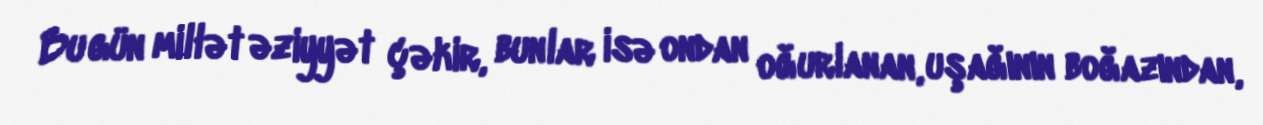
Bu gün millət əziyyət çəkir, bunlar isə ondan oğurlanan, uşağının boğazından,